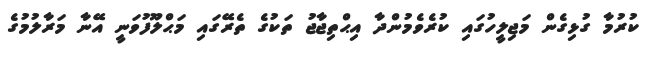
ކުރުމާ ގުޅިގެން މަޖިލީހުގައި ކުރެވެމުންދާ އިޙްތިޖާޖު ތަކުގެ ތެރޭގައި މަޙްލޫފުވަނީ އޭނާ މަރާލުމުގެ